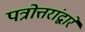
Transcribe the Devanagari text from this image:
पत्रोत्तरांद्वारे